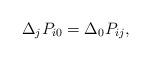
LaTeX: \begin{align*} \Delta_j P_{i0}=\Delta_0 P_{ij},\end{align*}